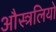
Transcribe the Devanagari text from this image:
औस्त्रलियो